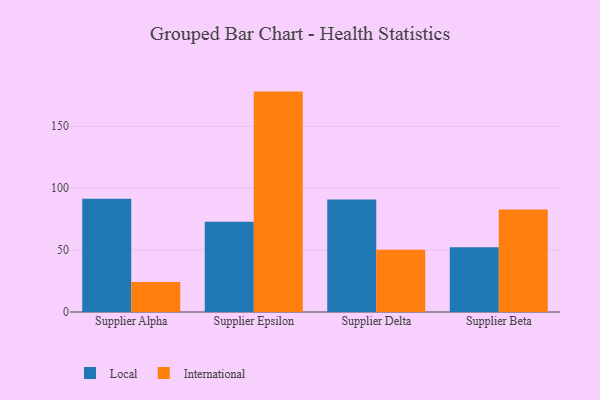
{"axis": {"x": "Supplier", "y": "LTV (USD)"}, "legend": ["International", "Local"], "data": [{"x": "Supplier Alpha", "y": 91.4, "type": "Local"}, {"x": "Supplier Alpha", "y": 24.3, "type": "International"}, {"x": "Supplier Epsilon", "y": 72.8, "type": "Local"}, {"x": "Supplier Epsilon", "y": 178.0, "type": "International"}, {"x": "Supplier Delta", "y": 90.9, "type": "Local"}, {"x": "Supplier Delta", "y": 50.2, "type": "International"}, {"x": "Supplier Beta", "y": 52.3, "type": "Local"}, {"x": "Supplier Beta", "y": 82.8, "type": "International"}]}